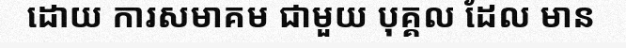
ដោយ ការសមាគម ជាមួយ បុគ្គល ដែល មាន